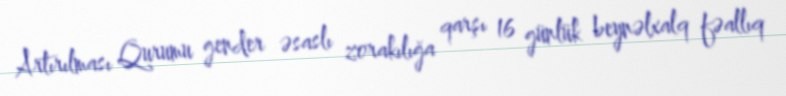
Artırılması Qurumu gender əsaslı zorakılığa qarşı 16 günlük beynəlxalq fəallıq